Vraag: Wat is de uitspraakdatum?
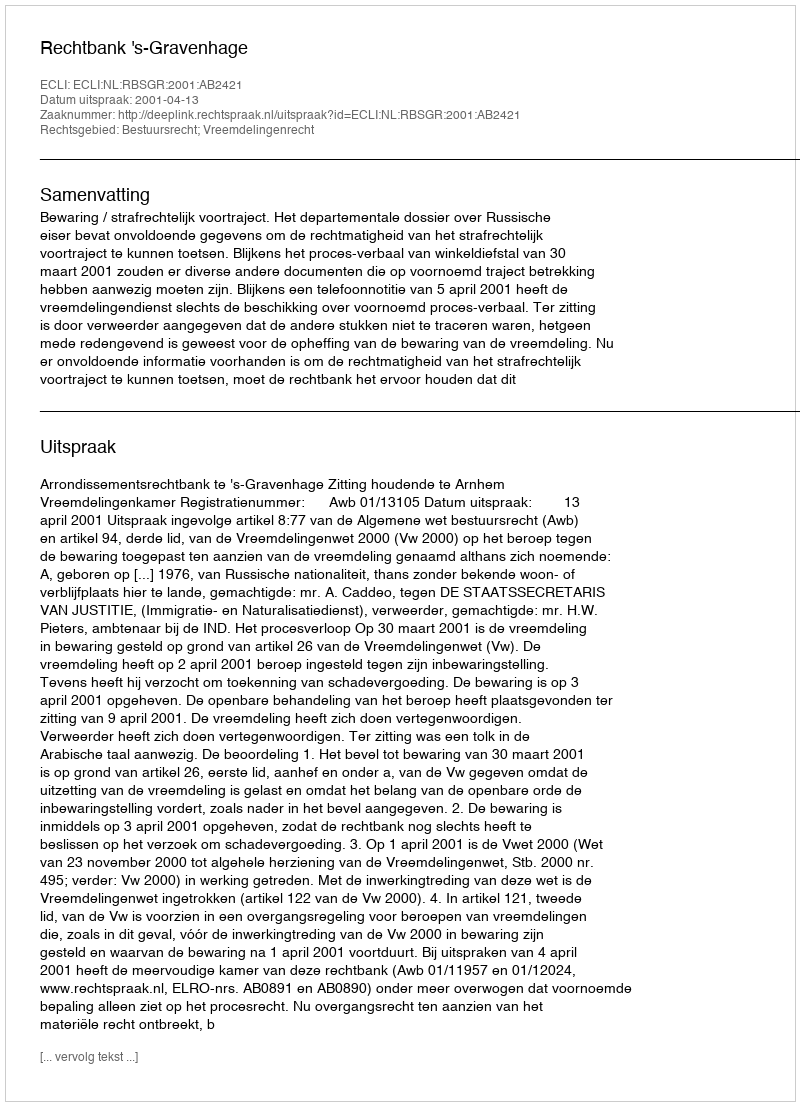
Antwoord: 2001-04-13